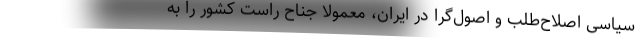
سیاسی اصلاح‌طلب و اصول‌گرا در ایران، معمولا جناح راست کشور را به